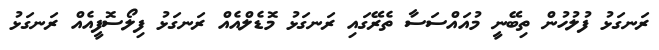
ރަނގަޅު ފުލުހުން ތިބޭނީ މުއައްސަސާ ތެރޭގައި ރަނގަޅު މޮޑެލްއެއް ރަނގަޅު ފިލޯސޮފީއެއް ރަނގަޅު